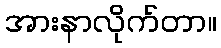
အားနာလိုက်တာ။